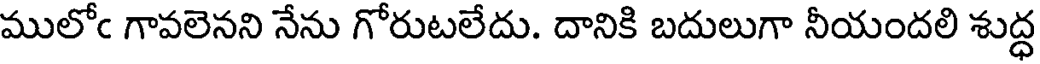
ములోఁ గావలెనని నేను గోరుటలేదు. దానికి బదులుగా నీయందలి శుద్ధ